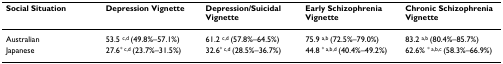
<table><thead><tr><td><b>Social Situation</b></td><td><b>Depression Vignette</b></td><td><b>Depression/Suicidal Vignette</b></td><td><b>Early Schizophrenia Vignette</b></td><td><b>Chronic Schizophrenia Vignette</b></td></tr></thead><tbody><tr><td>Australian</td><td>53.5 <sup>c,d </sup>(49.8%–57.1%)</td><td>61.2 <sup>c,d </sup>(57.8%–64.5%)</td><td>75.9 <sup>a,b </sup>(72.5%–79.0%)</td><td>83.2 <sup>a,b </sup>(80.4%–85.7%)</td></tr><tr><td>Japanese</td><td>27.6<sup>* c,d </sup>(23.7%–31.5%)</td><td>32.6<sup>* c,d </sup>(28.5%–36.7%)</td><td>44.8 <sup>* a,b,d </sup>(40.4%–49.2%)</td><td>62.6% <sup>* a,b,c </sup>(58.3%–66.9%)</td></tr></tbody></table>